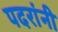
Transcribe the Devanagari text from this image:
पदरांनी